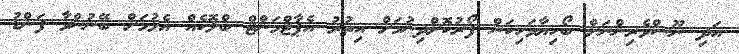
އަދި ނޫސްވެރިންނަށް ބޯހިޔާވަހިކަން ފޯރުކޮށްދިނުމަށް އިތުރު އެޕާޓްމަންޓް ބްލޮކެއް އެޅުމަށް ބޭނުންވާ ފަންޑު